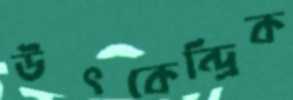
উৎকেন্দ্রিক